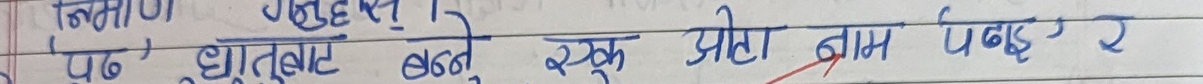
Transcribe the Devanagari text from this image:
पढ़ो, धातुबाट बन्ने स्क्रु ओटो नाम पढ्कर र